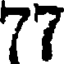
77